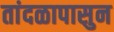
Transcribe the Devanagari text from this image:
तांदळापासुन